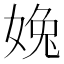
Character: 婏